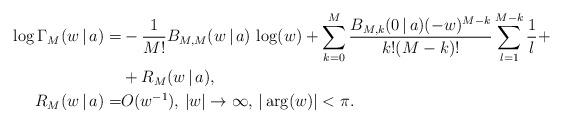
LaTeX: \begin{align*}\log\Gamma_M(w\,|\,a) = & -\frac{1}{M!} B_{M, M}(w\,|\,a)\,\log(w) + \sum\limits_{k=0}^M\frac{B_{M,k}(0\,|\,a) (-w)^{M-k}}{k!(M-k)!}\sum\limits_{l=1}^{M-k}\frac{1}{l} + \\ & + R_M(w\,|\,a), \\R_M(w\,|\,a) = & O(w^{-1}), \,|w|\rightarrow\infty, \, |\arg(w)|<\pi.\end{align*}